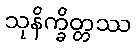
သုနိက္ခိတ္တဿ